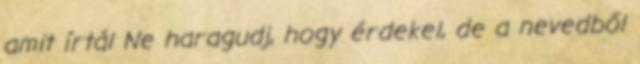
amit írtál Ne haragudj, hogy érdekel, de a nevedből